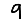
Digit: 9